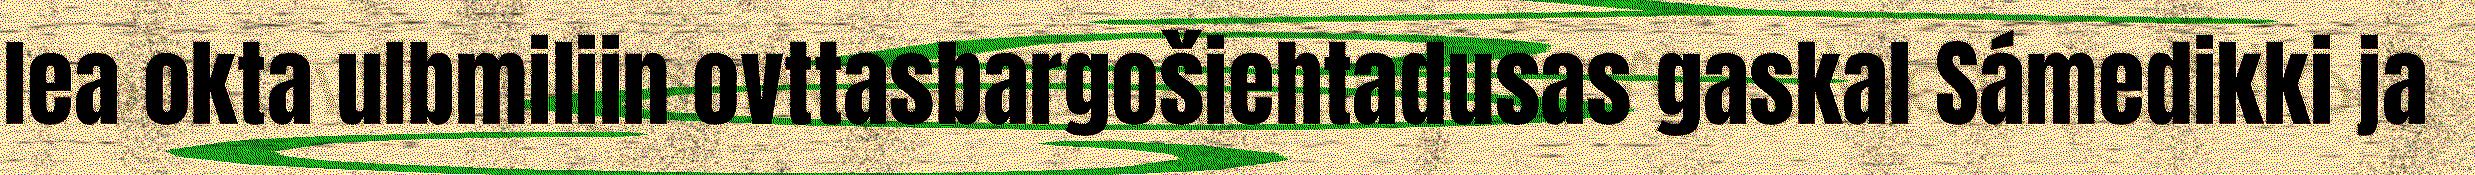
lea okta ulbmiliin ovttasbargošiehtadusas gaskal Sámedikki ja